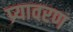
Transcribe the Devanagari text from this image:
प्र्यावरण